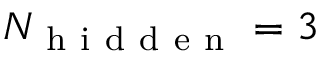
N _ { \mathrm { ~ h ~ i ~ d ~ d ~ e ~ n ~ } } = 3